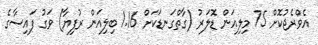
އެވްރެޖުކޮށް 75 މިލިއަން ޑޮލަރު (ގާތްގަނޑަކަށް 1.16 ބިލިއަން ރުފިޔާ) ވަގު ފައިސާގެ